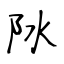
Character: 阥